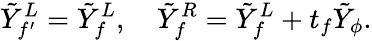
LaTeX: \tilde{Y}_{f^{\prime}}^{L}=\tilde{Y}_{f}^{L},\quad\tilde{Y}_{f}^{R}=\tilde{Y}_{f}^{L}+t_{f}\tilde{Y}_{\phi}.